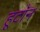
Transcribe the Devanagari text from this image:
हूटॉन